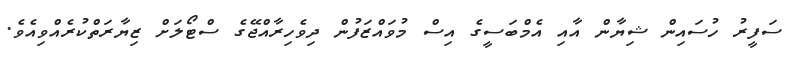
ސަފީރު ހުސައިން ޝިޔާން އާއި އެމްބަސީގެ އިސް މުވައްޒަފުން ދިވެހިރާއްޖޭގެ ސްޓޯލަށް ޒިޔާރަތްކުރެއްވިއެވެ.